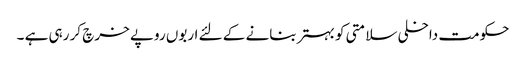
حکومت داخلی سلامتی کو بہتر بنانے کے لئے اربوں روپے خرچ کر رہی ہے ۔